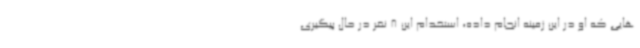
هایی که او در این زمینه انجام داده، استخدام این 8 نفر در حال پیگیری